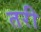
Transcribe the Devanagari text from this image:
तरी